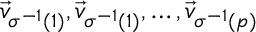
\vec { v } _ { \sigma ^ { - 1 } ( 1 ) } , \vec { v } _ { \sigma ^ { - 1 } ( 1 ) } , \dotsc , \vec { v } _ { \sigma ^ { - 1 } ( p ) }